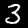
Label: 3